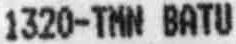
1320-TMN BATU